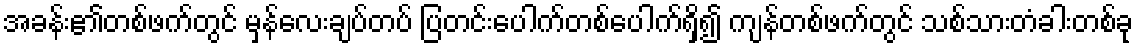
အခန်း၏တစ်ဖက်တွင် မှန်လေးချပ်တပ် ပြတင်းပေါက်တစ်ပေါက်ရှိ၍ ကျန်တစ်ဖက်တွင် သစ်သားတံခါးတစ်ခု